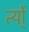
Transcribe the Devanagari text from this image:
र्त्यो्